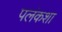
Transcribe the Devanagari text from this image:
पलंकशा